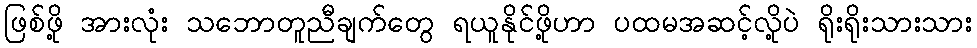
ဖြစ်ဖို့ အားလုံး သဘောတူညီချက်တွေ ရယူနိုင်ဖို့ဟာ ပထမအဆင့်လို့ပဲ ရိုးရိုးသားသား